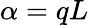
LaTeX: \alpha=qL